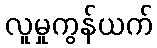
လူမှုကွန်ယက်